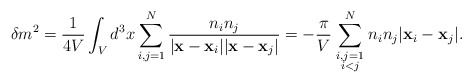
\begin{align*} \delta m^{2} = \frac{1}{4 V}\int_{V} d^{3}x \sum_{i,j=1}^{N}\frac{n_{i}n_{j}}{|{\bf x}-{\bf x}_{i}||{\bf x}-{\bf x}_{j}|} = -\frac{\pi}{ V}\sum_{{\scriptstyle i,j=1\atop\scriptstyle i<j}}^{N} n_{i}n_{j}|{\bf x}_{i}-{\bf x}_{j}| .\end{align*}